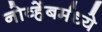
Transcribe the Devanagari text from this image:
नोव्हेंबर्मध्ये